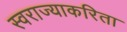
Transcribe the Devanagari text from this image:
स्वराज्याकरिता